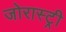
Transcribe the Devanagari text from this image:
जोरास्ट्री